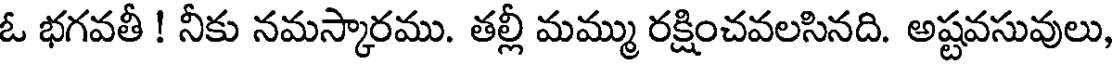
ఓ భగవతీ ! నీకు నమస్కారము. తల్లీ మమ్ము రక్షించవలసినది. అష్టవసువులు,